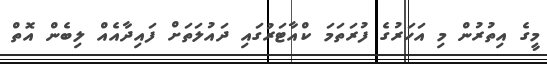
މީގެ އިތުރުން މި އަހަރުގެ ފުރަތަމަ ކްއާޓަރުގައި ދައުލަތަށް ފައިދާއެއް ލިބެން އޮތް